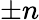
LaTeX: \pm n